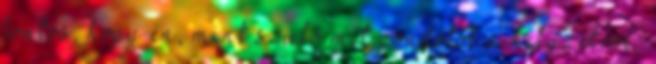
fontos, hogy én, mint szülő mit gondolok a helyzetről,